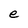
Character: e